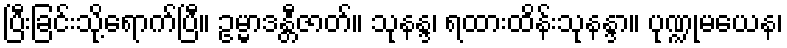
ပြီးခြင်းသို့ရောက်ပြီ။ ဥမ္မာဒန္တီဇာတ်။ သုနန္ဒ၊ ရထားထိန်းသုနန္ဒာ။ ပုဏ္ဍုမယေန၊